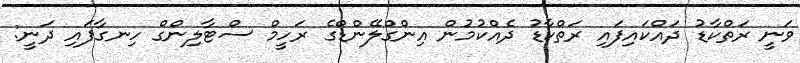
ވަނީ ރަތްކާޑު ދައްކައިފައި ރަތްކާޑު ދެއްކުމުން އިންގްލޭންޑްގެ ރަހީމް ސްޓާލިންގް ހިނގާފައި ދަނީ: